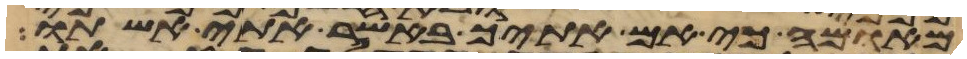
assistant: מאומה כי אם אתיך באשר אתי אשתו